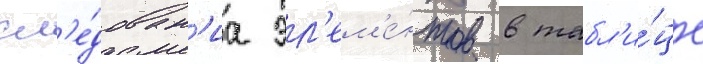
сл'е́дован'иа эл'ем'е́нтов в табл'и́це